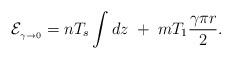
LaTeX: \begin{align*}{\cal E}_{{}_{\gamma\to 0}}=nT_s\int dz\; +\; mT_1\frac{\gamma\pi r}{2}.\end{align*}